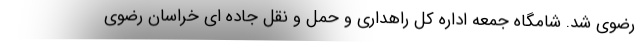
رضوی شد. شامگاه جمعه اداره کل راهداری و حمل و نقل جاده ای خراسان رضوی